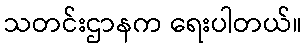
သတင်းဌာနက ရေးပါတယ်။